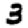
Digit: 3